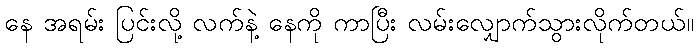
နေ အရမ်း ပြင်းလို့ လက်နဲ့ နေကို ကာပြီး လမ်းလျှောက်သွားလိုက်တယ်။